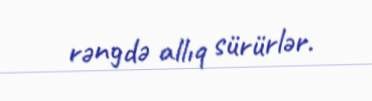
rəngdə allıq sürürlər.